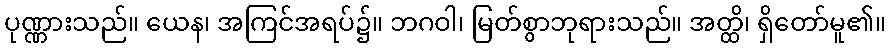
ပုဏ္ဏားသည်။ ယေန၊ အကြင်အရပ်၌။ ဘဂဝါ၊ မြတ်စွာဘုရားသည်။ အတ္ထိ၊ ရှိတော်မူ၏။